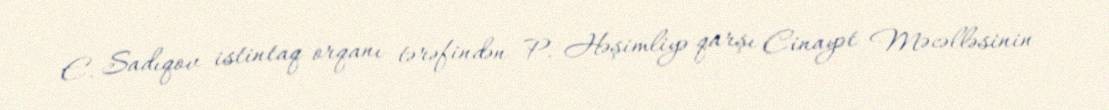
E. Sadıqov istintaq orqanı tərəfindən P. Həşimliyə qarşı Cinayət Məcəlləsinin